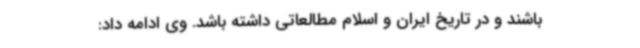
باشند و در تاریخ ایران و اسلام مطالعاتی داشته باشد. وی ادامه داد: